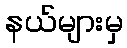
နယ်များမှ